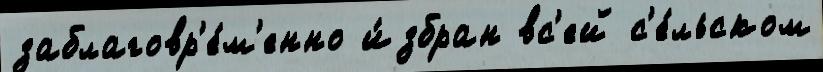
заблаговр'е́м'енно и́збран вс'ей с'е́льском